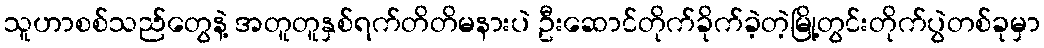
သူဟာစစ်သည်တွေနဲ့ အတူတူနှစ်ရက်တိတိမနားပဲ ဦးဆောင်တိုက်ခိုက်ခဲ့တဲ့မြို့တွင်းတိုက်ပွဲတစ်ခုမှာ